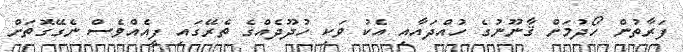
ފަރާތުން ހޯދުމަށް ޤާނޫނުގެ ހުއްދައާއި އެކު ވަކި ހުދޫދެއްގެ ތެރޭގައި ފީއެއްވެސް ނެގޭގޮތަށް